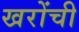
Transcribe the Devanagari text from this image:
खरोंची